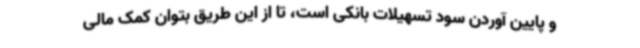
و پایین آوردن سود تسهیلات بانکی است، تا از این طریق بتوان کمک مالی